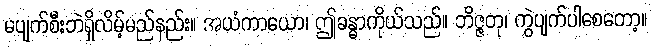
မပျက်စီးဘဲရှိလိမ့်မည်နည်း။ အယံကာယော၊ ဤခန္ဓာကိုယ်သည်။ ဘိဇ္ဇတု၊ ကွဲပျက်ပါစေတော့။